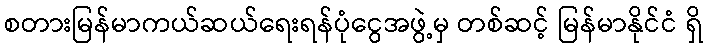
စတားမြန်မာကယ်ဆယ်ရေးရန်ပုံငွေအဖွဲ့မှ တစ်ဆင့် မြန်မာနိုင်ငံ ရှိ